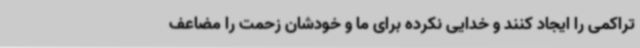
تراکمی را ایجاد کنند و خدایی نکرده برای ما و خودشان زحمت را مضاعف